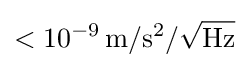
<10^{-9}\,{\rm {m/s^{2}/{\sqrt {Hz}}}}